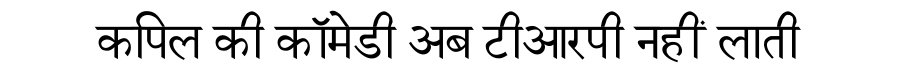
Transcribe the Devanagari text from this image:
कपिल की कॉमेडी अब टीआरपी नहीं लाती